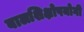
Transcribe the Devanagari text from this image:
बालशिक्षोपयोगी